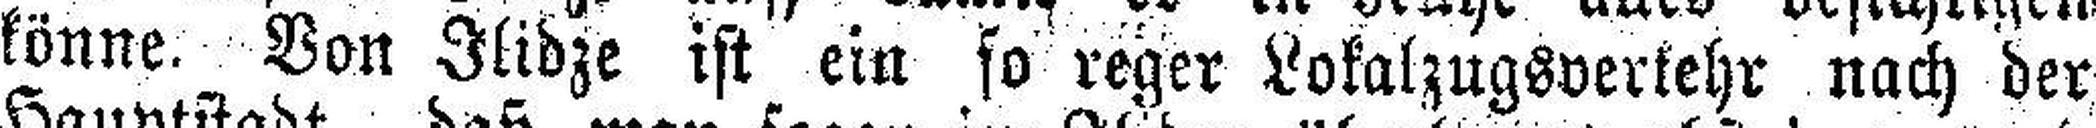
könne. Von Ilidze ist ein so reger Lokalzugsverkehr nach der